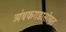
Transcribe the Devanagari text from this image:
त्र्यंबकगडासोबत